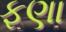
ફણા